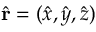
\hat { \bf r } = ( \hat { x } , \hat { y } , \hat { z } )